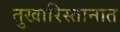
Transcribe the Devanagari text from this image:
तुखारिस्तानात